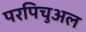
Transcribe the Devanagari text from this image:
परपिचुअल